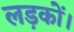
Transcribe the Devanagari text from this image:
लड़कों।